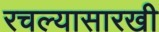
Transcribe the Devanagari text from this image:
रचल्यासारखी